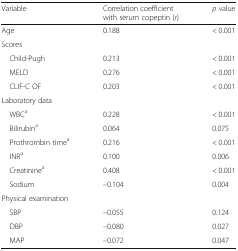
| Variable | Correlation coefficient with serum copeptin (r) | p value |
 | --- | --- | --- |
 | Age | 0.188 | < 0.001 |
 | <COLSPAN=3> Scores |
 | Child-Pugh | 0.213 | < 0.001 |
 | MELD | 0.276 | < 0.001 |
 | CLIF-C OF | 0.203 | < 0.001 |
 | <COLSPAN=3> Laboratory data |
 | WBCa | 0.228 | < 0.001 |
 | Bilirubina | 0.064 | 0.075 |
 | Prothrombin timea | 0.216 | < 0.001 |
 | INRa | 0.100 | 0.006 |
 | Creatininea | 0.408 | < 0.001 |
 | Sodium | –0.104 | 0.004 |
 | <COLSPAN=3> Physical examination |
 | SBP | –0.055 | 0.124 |
 | DBP | –0.080 | 0.027 |
 | MAP | –0.072 | 0.047 |